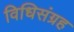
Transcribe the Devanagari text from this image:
विधिसंग्रह